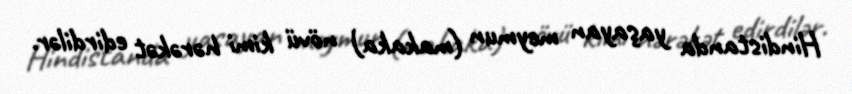
Hindistanda yaşayan meymun (makaka) növü kimi hərəkət edirdilər.